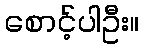
စောင့်ပါဦး။